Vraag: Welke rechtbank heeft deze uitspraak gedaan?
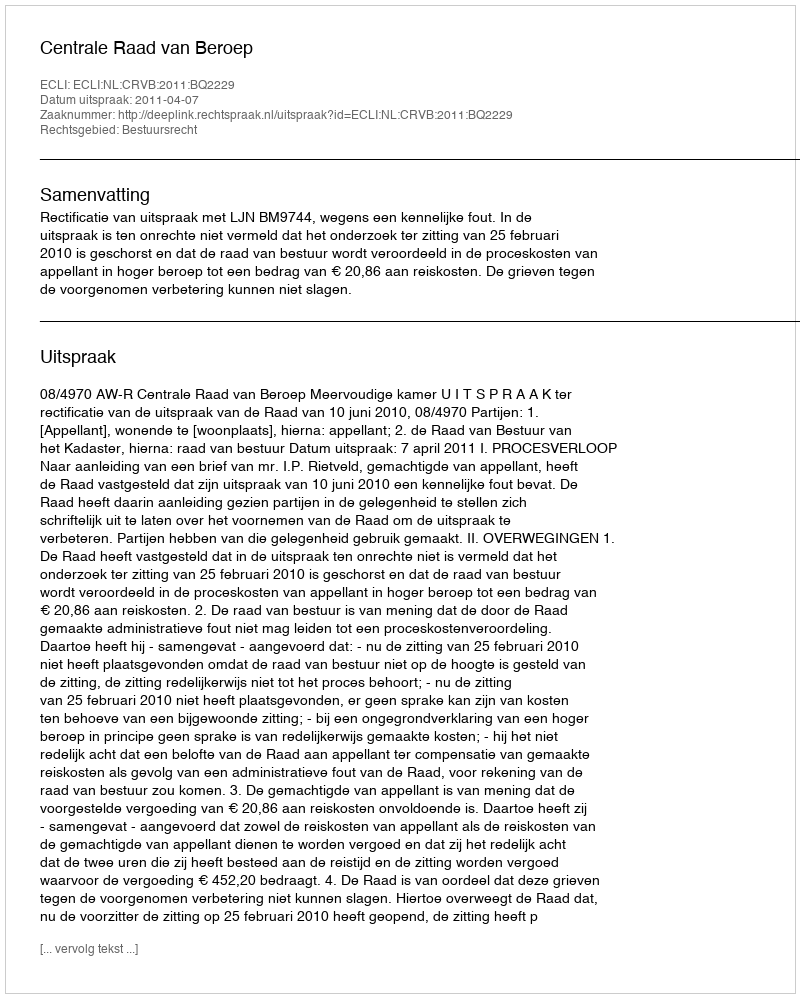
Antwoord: Centrale Raad van Beroep